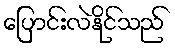
ပြောင်းလဲနိုင်သည်